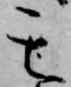
其